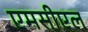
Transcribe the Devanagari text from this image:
एमसीएल